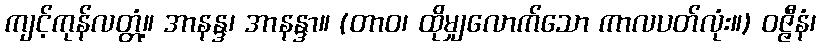
ကျင့်ကုန်လတ္တံ့။ အာနန္ဒ၊ အာနန္ဒာ။ (တာဝ၊ ထိုမျှလောက်သော ကာလပတ်လုံး။) ဝဇ္ဇီနံ၊